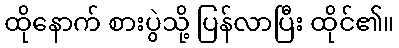
ထိုနောက် စားပွဲသို့ ပြန်လာပြီး ထိုင်၏။